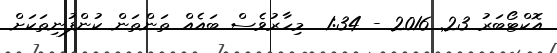
އޮކްޓޯބަރު 23